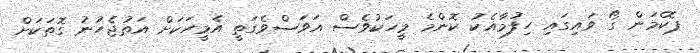
ޕޮކެމަން ގޯ ވައިގައި ހިފުމާއެކު ކޮންމެ މީހަކުވެސް އަވަސްވެގަތީ އެމީހަކަށް އަތުޖެހުނު ގޮތަކަށް